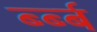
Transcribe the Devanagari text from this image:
र्ब्ब्ब